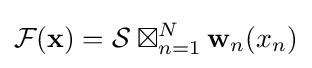
{\mathcal {F}}(\mathbf {x} )={\mathcal {S}}\boxtimes _{n=1}^{N}\mathbf {w} _{n}(x_{n})